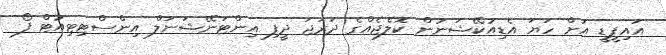
އައިޕީޑީ އަށް ހަޔަ އެޑިއުކޭޝަނުން ކޮލެޖެއްގެ ދަރަޖަ ދީފި އިންޓަނޭޝަނަލް އިންސްޓިޓިއުޓް ފޯ